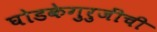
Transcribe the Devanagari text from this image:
घोडकेगुरुजींची